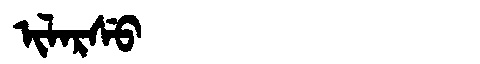
Manchu: ᡳᠯᠠᡵᠰᡠ
Romanization: ILARSU